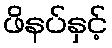
ဖိနပ်နှင့်